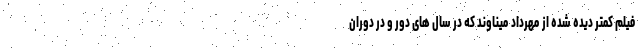
فیلم کمتر دیده شده از مهرداد میناوند که در سال های دور و در دوران